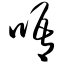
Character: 唔